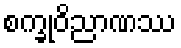
စက္ခုဝိညာဏဿ